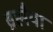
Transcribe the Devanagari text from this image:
ब्रह्मैया